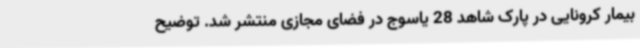
بیمار کرونایی در پارک شاهد 28 یاسوج در فضای مجازی منتشر شد. توضیح